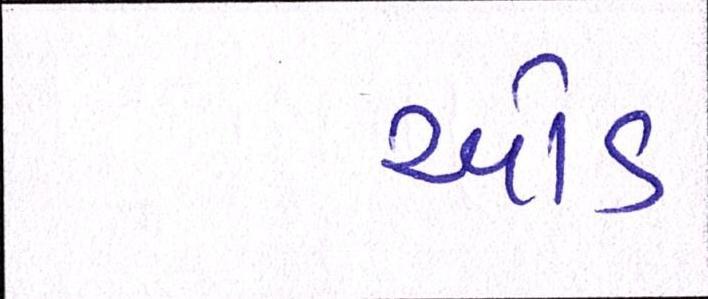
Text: ઓડ